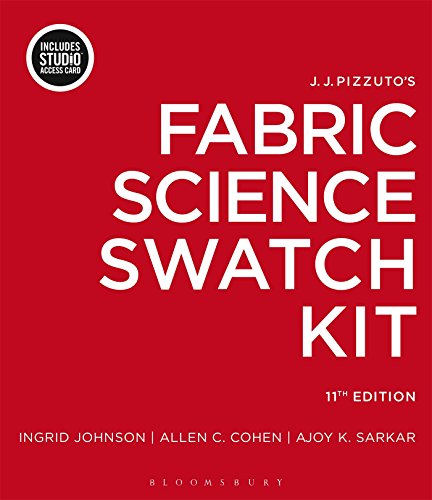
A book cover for J.J. Pizzuto's Fabric Science Swatch Kit: Bundle Book + Studio Access Card; Ingrid Johnson; Business & Money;